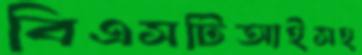
বিএসটিআইসহ